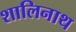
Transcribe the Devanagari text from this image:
शालिनाथ